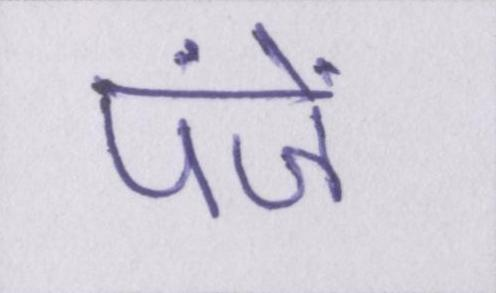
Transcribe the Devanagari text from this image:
पंजें